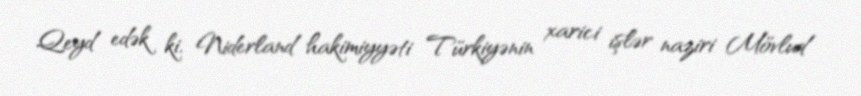
Qeyd edək ki, Niderland hakimiyyəti Türkiyənin xarici işlər naziri Mövlud